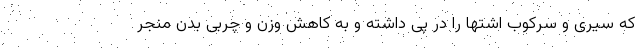
که سیری و سرکوب اشتها را در پی داشته و به کاهش وزن و چربی بدن منجر